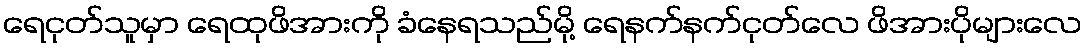
ရေငုတ်သူမှာ ရေထုဖိအားကို ခံနေရသည်မို့ ရေနက်နက်ငုတ်လေ ဖိအားပိုများလေ